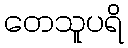
တေသူပရိ